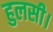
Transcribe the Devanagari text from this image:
हुलसी।